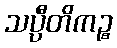
သပ္ပီတိကဉ္စ